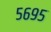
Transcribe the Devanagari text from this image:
५६९५